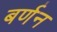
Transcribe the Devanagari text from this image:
बर्णन